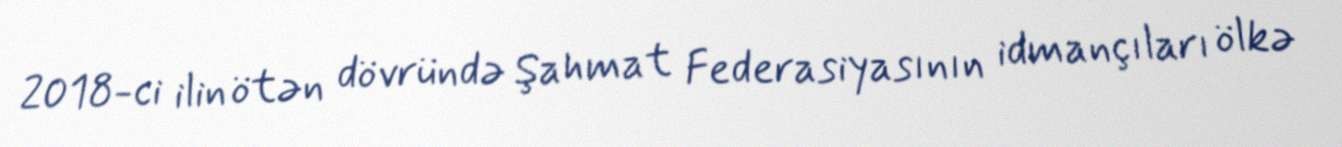
2018-ci ilin ötən dövründə Şahmat Federasiyasının idmançıları ölkə